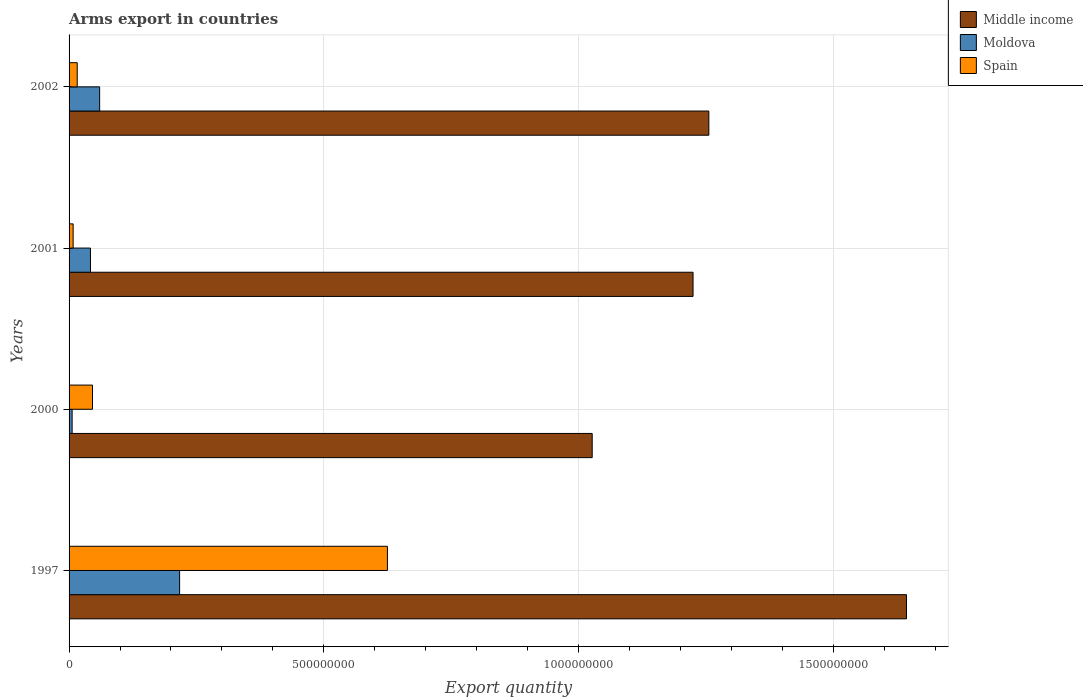
| Years | Middle income | Moldova | Spain |
 | --- | --- | --- | --- |
 | 1997 | 1.64e+09 | 2.17e+08 | 6.25e+08 |
 | 2000 | 1.03e+09 | 6e+06 | 4.6e+07 |
 | 2001 | 1.22e+09 | 4.2e+07 | 8e+06 |
 | 2002 | 1.26e+09 | 6e+07 | 1.6e+07 |